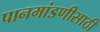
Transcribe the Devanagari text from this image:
पानमांडणीसाठी